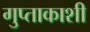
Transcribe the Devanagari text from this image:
गुप्‍ताकाशी